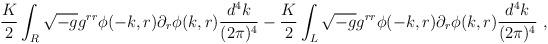
LaTeX: \begin{align*}\frac{K}{2} \int_R \sqrt{-g} g^{rr} \phi(-k, r) \partial_r \phi(k, r) \frac{d^4k}{(2\pi)^4} - \frac{K}{2} \int_L \sqrt{-g} g^{rr} \phi(-k, r) \partial_r \phi(k, r) \frac{d^4k}{(2\pi)^4} \ ,\end{align*}